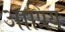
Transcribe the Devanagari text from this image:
आप्रिय